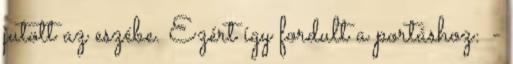
jutott az eszébe. Ezért így fordult a portáshoz: -